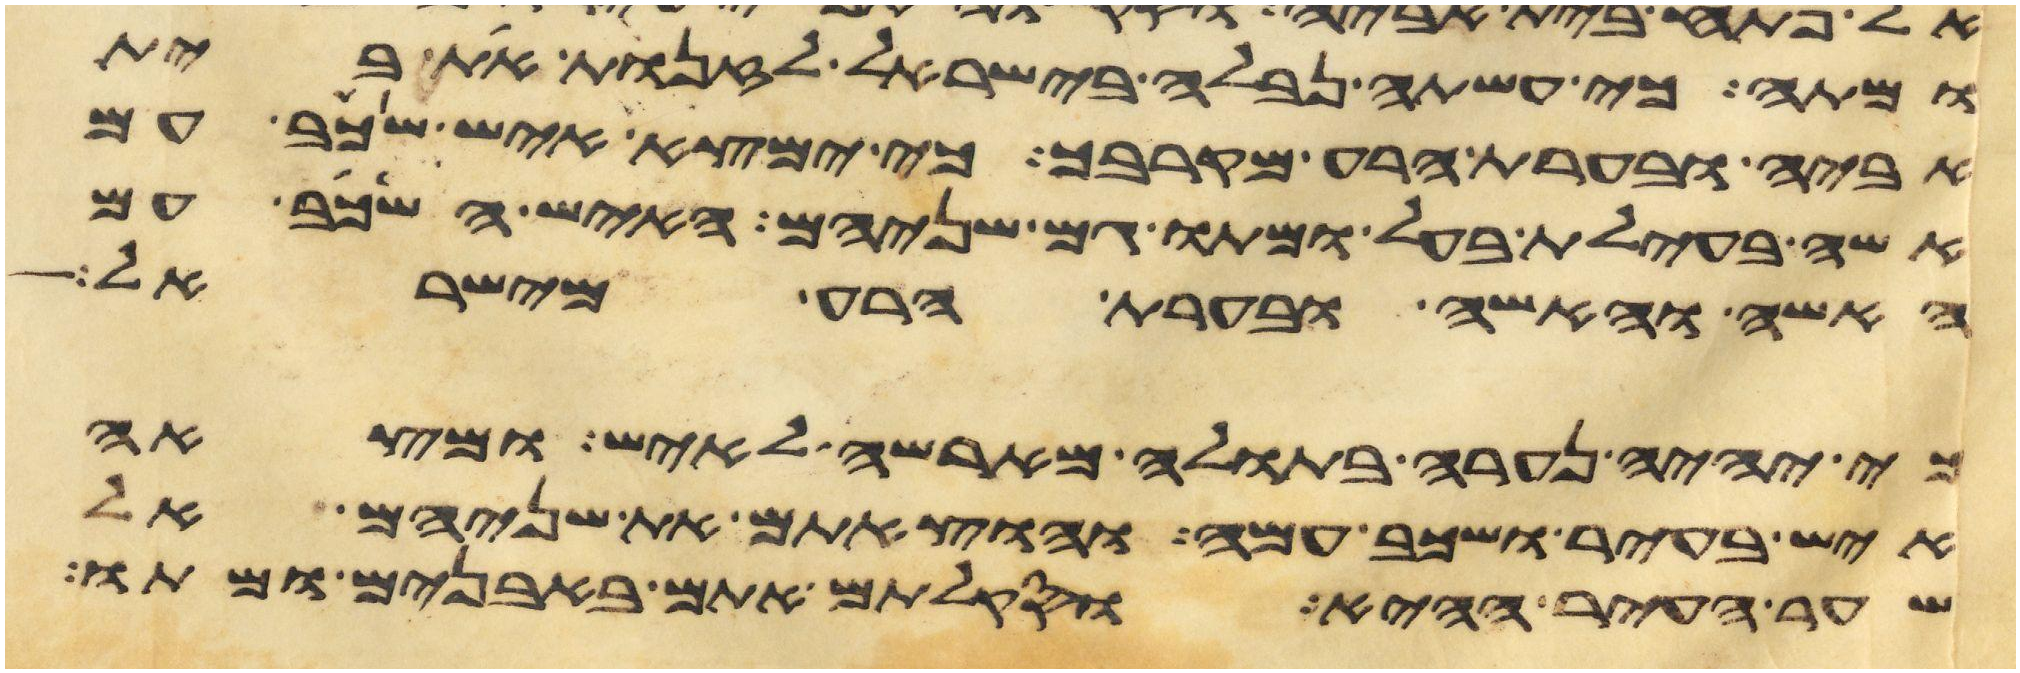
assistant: ומתה כי עשתה נבלה בישראל לזנות את בית
אביה ובערת הרע מקרבך כי ימצא איש שכב עם
אשה בעילת בעל ומתו גם שניהם האיש השכב עם
האשה והאשה ובערת הרע מישראל
כי יהיה נערה בתולה מארשה לאיש ומצאה
איש בעיר ושכב עמה והוצאתם את שניהם אל
שער העיר ההיא וסקלתם אתם באבנים ומתו